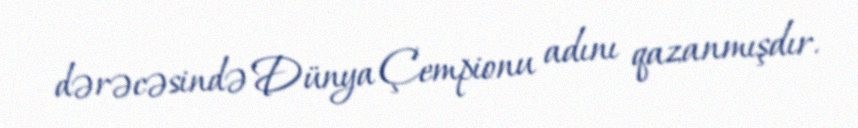
dərəcəsində Dünya Çempionu adını qazanmışdır.